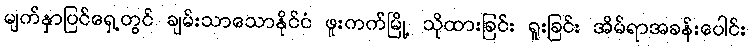
မျက်နှာပြင်ရှေ့တွင် ချမ်းသာသောနိုင်ငံ ဖူးကက်မြို့ သိုထားခြင်း ရူးခြင်း အိမ်ရာအခန်းပေါင်း